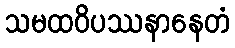
သမထဝိပဿနာနေတံ